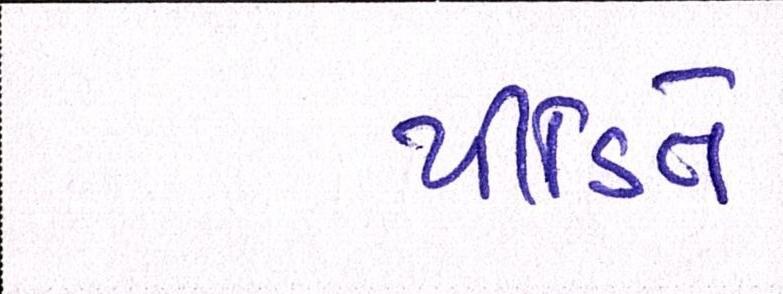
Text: પીડિતે